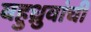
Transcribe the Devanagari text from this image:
बहुध्रुवांची